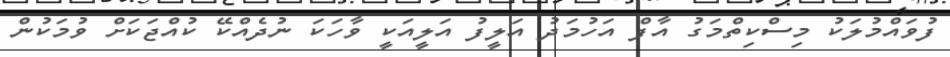
ފުވައްމުލަކު މިސްކިތްމަގު އާފް އަހުމަދު އަލީފު އަލީއަކީ ވާހަކަ ނުދެއްކޭ ކުއްޖަކަށް ވުމަކުން